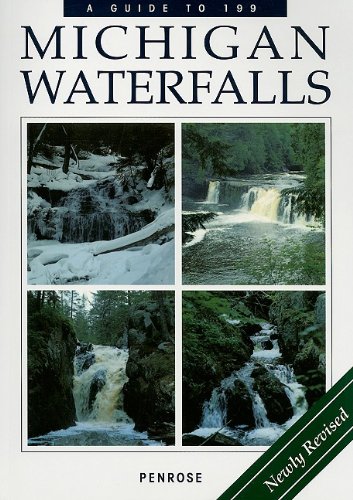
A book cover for A Guide to 199 Michigan Waterfalls; Laurie Penrose; Travel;